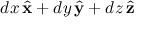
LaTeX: d x \, { \hat { \mathbf { x } } } + d y \, { \hat { \mathbf { y } } } + d z \, { \hat { \mathbf { z } } }